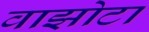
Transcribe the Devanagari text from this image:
वाझोटा